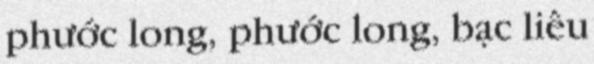
phước long, phước long, bạc liêu